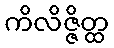
ကိလိဇ္ဇိတ္ထ